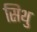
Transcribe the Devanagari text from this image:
सिथु